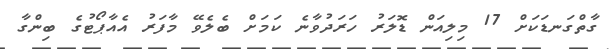
ގާތްގަނޑަކަށް 17 މިލިއަން ޑޮލަރު ހަރަދުވާނެ ކަމަށް ބެލެވޭ މާފަރު އެއާޕޯޓުގެ ބިންގާ